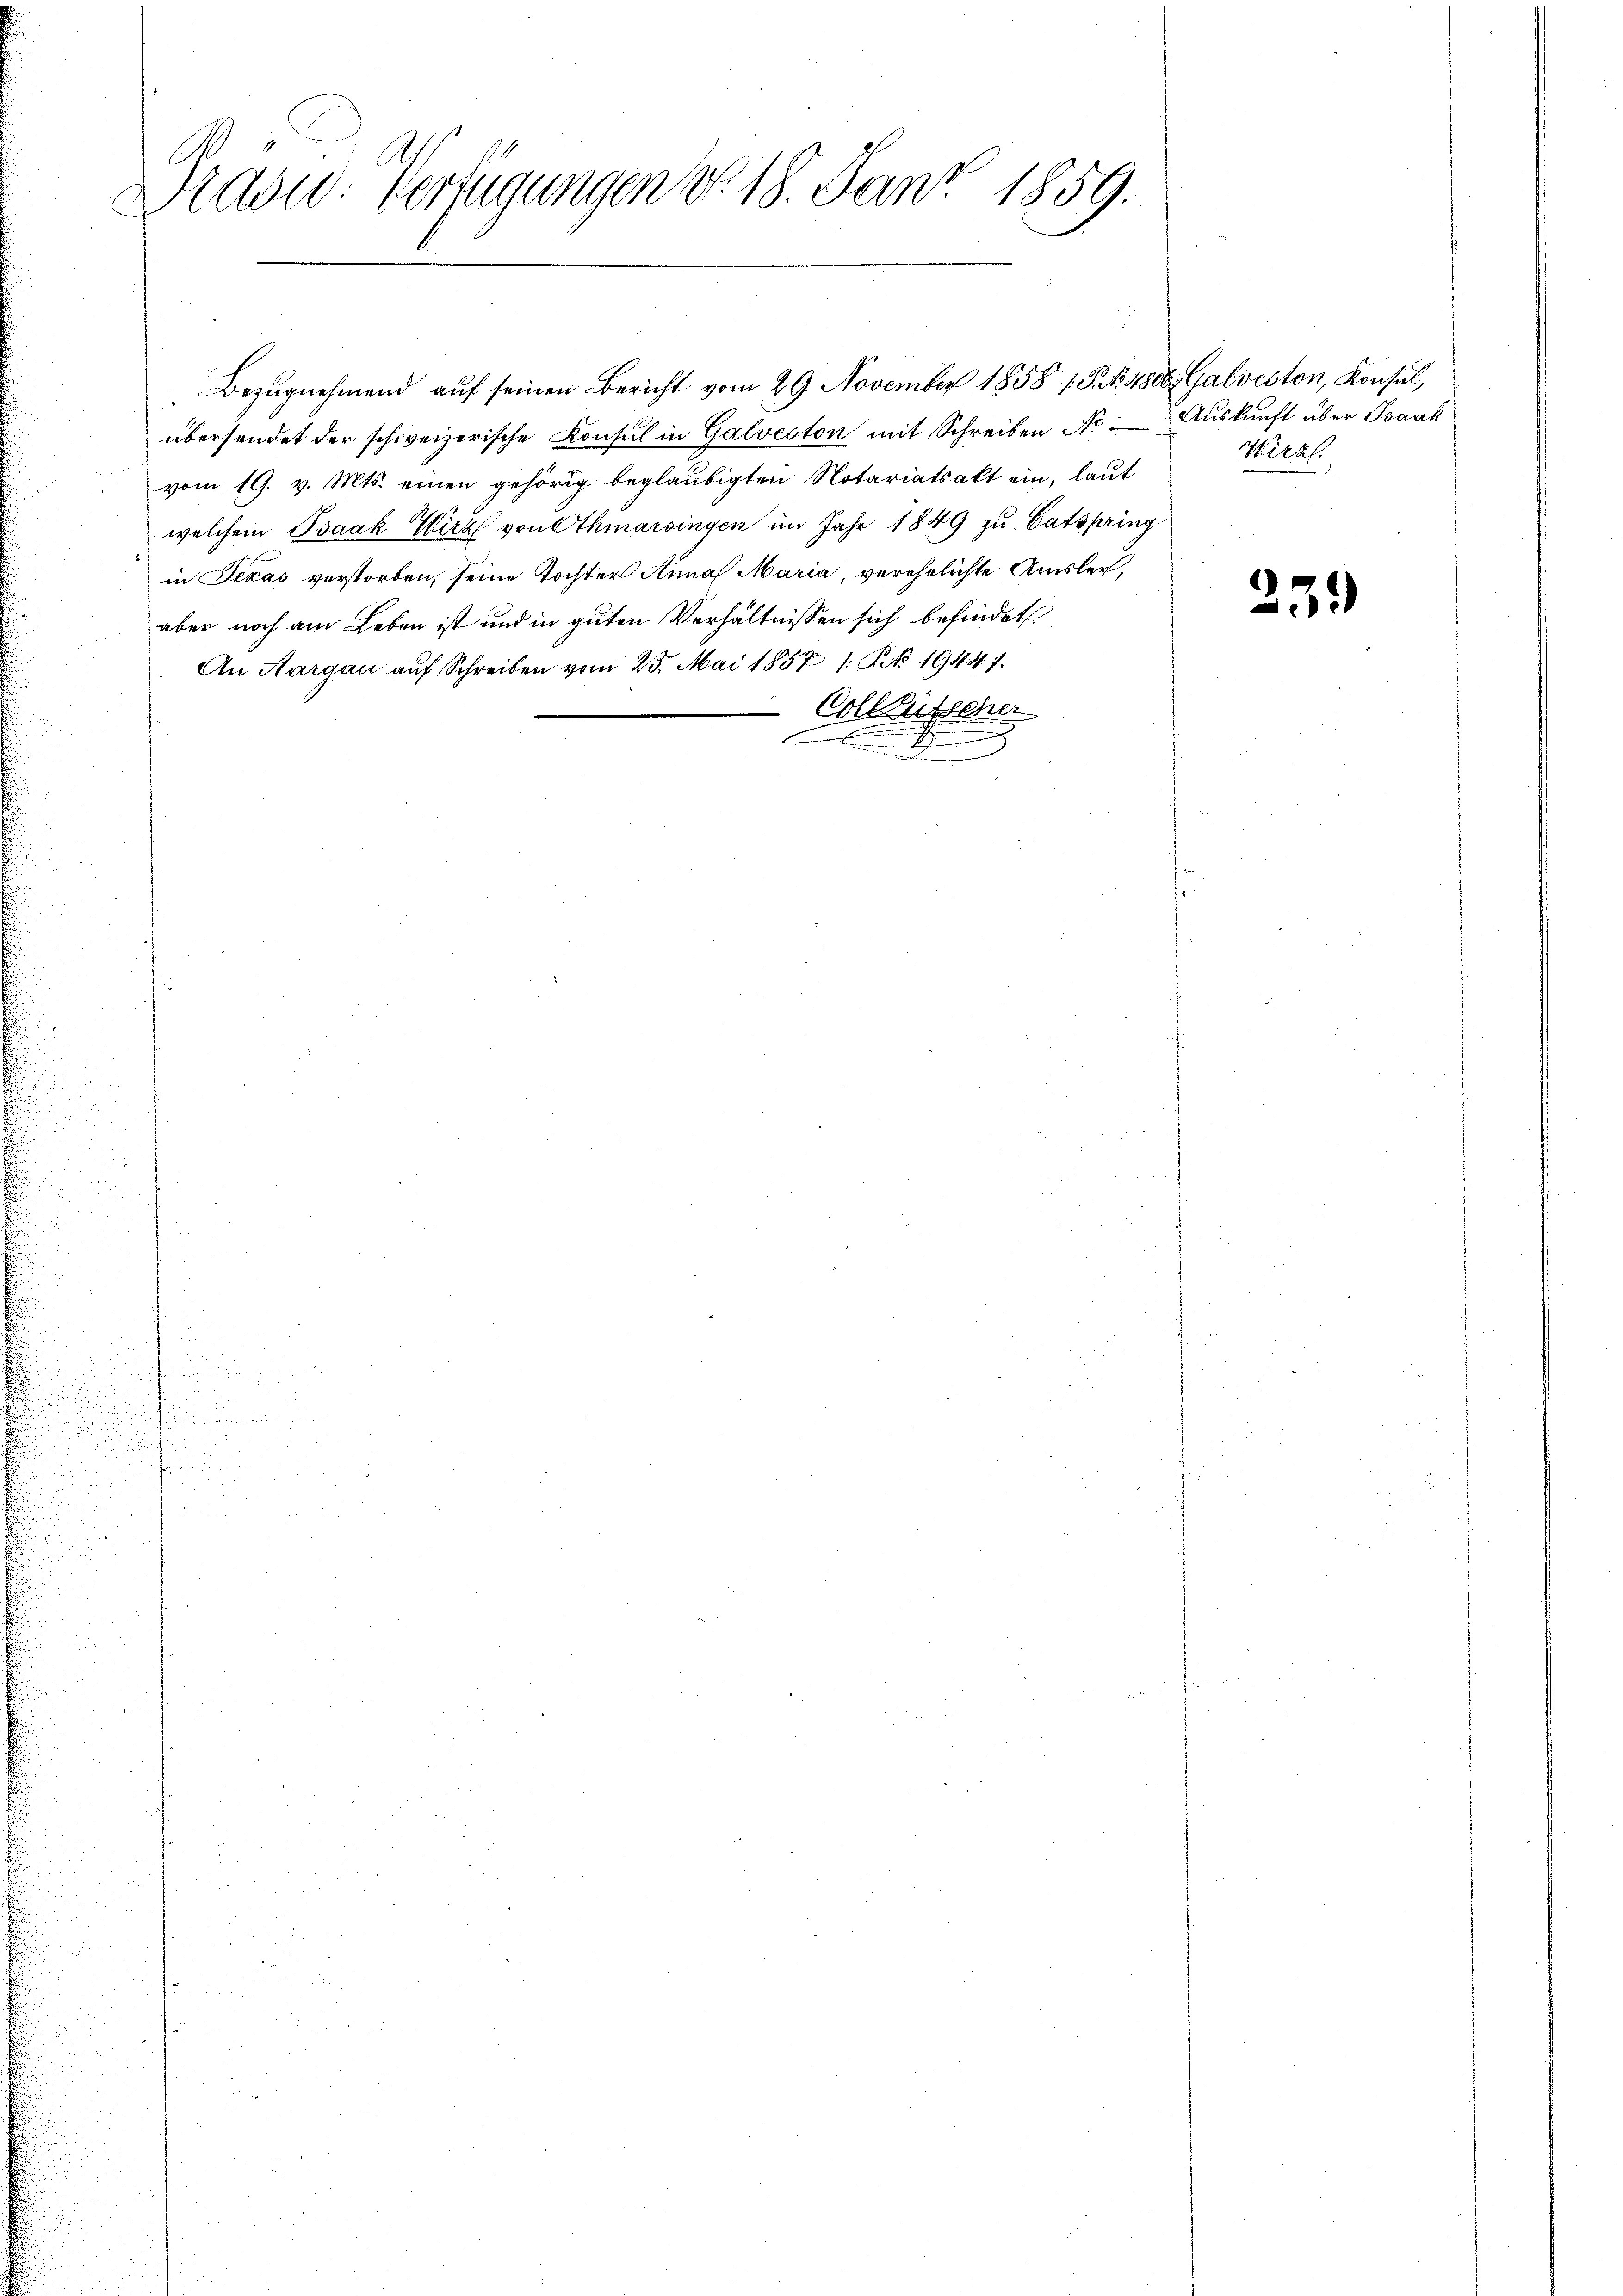
.
.

ad: Verfügungen d. 18. Jan. 1859.

übersendet der schweizerische Konsul in Galveston mit Schreiben No Auskunft über Isaak
vom 19. v. Mts. einen gehörig beglaubigten Notariatsakt ein, laut
welchem Isaak Wirz von Othmarsingen im Jahr 1849 zu Catspring
in Texas verstorben, seine Tochter Anna Maria, verehelichte Amsler,
aber noch am Leben ist und in guten Verhältnissen sich befindet
An Aargau auf Schreiben vom 25. Mai 1857 1. No 1944).
Collausscher
.

.
.

Bezŭgnehmend aŭf seinen Bericht vom 29. November 1858 1 S. Asset. Galveston, Konsul,

Wirkl.

23.